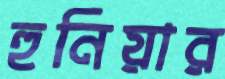
হুনিয়ার